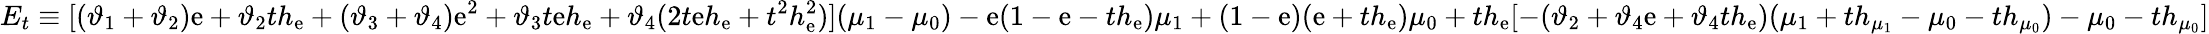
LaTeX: E_{t}\equiv[(\vartheta_{1}+\vartheta_{2})\mathrm{e}+\vartheta_{2}th_{\mathrm{e}}+(\vartheta_{3}+\vartheta_{4})\mathrm{e}^{2}+\vartheta_{3}t\mathrm{e}h_{\mathrm{e}}+\vartheta_{4}(2t\mathrm{e}h_{\mathrm{e}}+t^{2}h_{\mathrm{e}}^{2})](\mu_{1}-\mu_{0})-{\mathrm{e}(1-\mathrm{e}-th_{\mathrm{e}})\mu_{1}}+(1-\mathrm{e})(\mathrm{e}+th_{\mathrm{e}})\mu_{0}+th_{\mathrm{e}}[-(\vartheta_{2}+\vartheta_{4}\mathrm{e}+\vartheta_{4}th_{\mathrm{e}})(\mu_{1}+th_{\mu_{1}}-\mu_{0}-th_{\mu_{0}})-\mu_{0}-th_{\mu_{0}}]